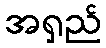
အရှည်